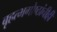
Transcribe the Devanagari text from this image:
बृहत्भगोष्ठांचीही